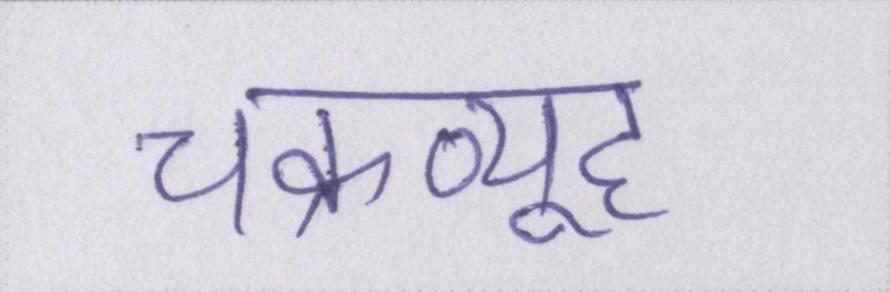
चक्रव्यूह